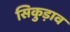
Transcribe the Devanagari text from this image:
सिकुड़ाव